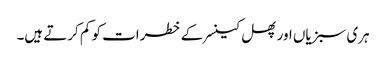
ہری سبزیاں اور پھل کینسر کے خطرات کو کم کرتے ہیں۔